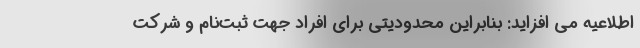
اطلاعیه می افزاید: بنابراین محدودیتی برای افراد جهت ثبت‌نام و شرکت